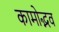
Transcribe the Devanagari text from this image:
कामोद्भव